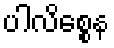
ပါလိစ္စေန